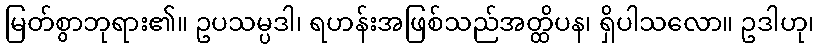
မြတ်စွာဘုရား၏။ ဥပသမ္ပဒါ၊ ရဟန်းအဖြစ်သည်အတ္ထိပန၊ ရှိပါသလော။ ဥဒါဟု၊